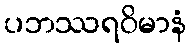
ပဘဿရဝိမာနံ